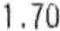
1.70